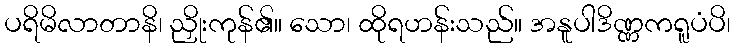
ပရိမိလာတာနိ၊ ညှိုးကုန်၏။ သော၊ ထိုရဟန်းသည်။ အနူပါဒိဏ္ဏကရူပံပိ၊